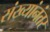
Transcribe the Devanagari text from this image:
संख्यांनंतर